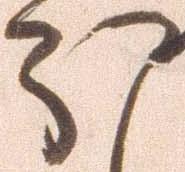
ほ